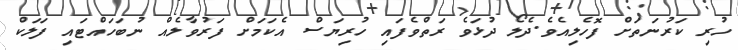
ހުރި ކަރުނަތަށް ފޮހެލިއެވެ.ދެލޯ ދުޅަވެ ރަތްވެފައި ހުރިޔަސް އެކަމަށް ފަރުވާލެއް ނުބަހައްޓައި ފަލަކް